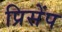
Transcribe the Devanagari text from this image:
प्रिसेंप